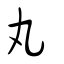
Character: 丸